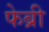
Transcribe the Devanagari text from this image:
फेब्री